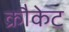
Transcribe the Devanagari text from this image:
क्रौकेट